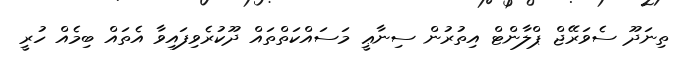
ތިނަދޫ ސެވަރޭޖް ޕްލާންޓް އިތުރުން ސިނާޢީ މަސައްކަތްތައް ދޫކުރެވިފައިވާ އެތައް ބިމެއް ހުރީ